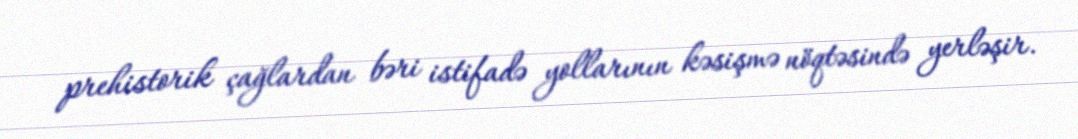
prehistorik çağlardan bəri istifadə yollarının kəsişmə nöqtəsində yerləşir.